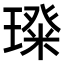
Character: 𭹵